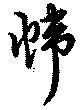
幃